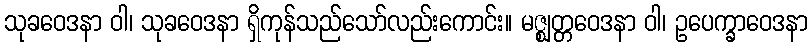
သုခဝေဒနာ ဝါ၊ သုခဝေဒနာ ရှိကုန်သည်သော်လည်းကောင်း။ မဇ္ဈတ္တဝေဒနာ ဝါ၊ ဥပေက္ခာဝေဒနာ